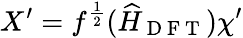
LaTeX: {X^{\prime}}=f^{\frac{1}{2}}(\widehat{H}_{\mathrm{~D~F~T~}}){\chi^{\prime}}